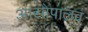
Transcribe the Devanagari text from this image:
आसोपालव